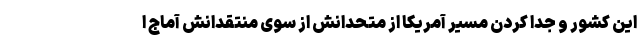
این کشور و جدا کردن مسیر آمریکا از متحدانش از سوی منتقدانش آماج ا